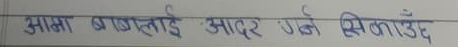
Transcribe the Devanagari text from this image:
आमा बाबुलाई आदर गर्न सिकाउँदै